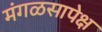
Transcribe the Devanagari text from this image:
मंगळसापेक्ष